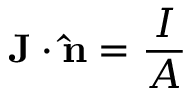
\mathbf { J } \cdot \mathbf { \hat { n } } = { \frac { I } { A } } \,